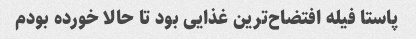
پاستا فیله افتضاح‌ترین غذایی بود تا حالا خورده بودم